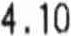
4.10